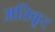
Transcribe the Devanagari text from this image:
अतिकूट